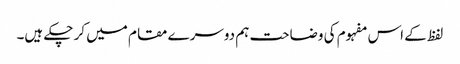
لفظ کے اس مفہوم کی وضاحت ہم دوسرے مقام میں کر چکے ہیں۔